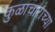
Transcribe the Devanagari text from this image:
कुळाचाराच्या